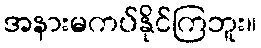
အနားမကပ်နိုင်ကြဘူး။